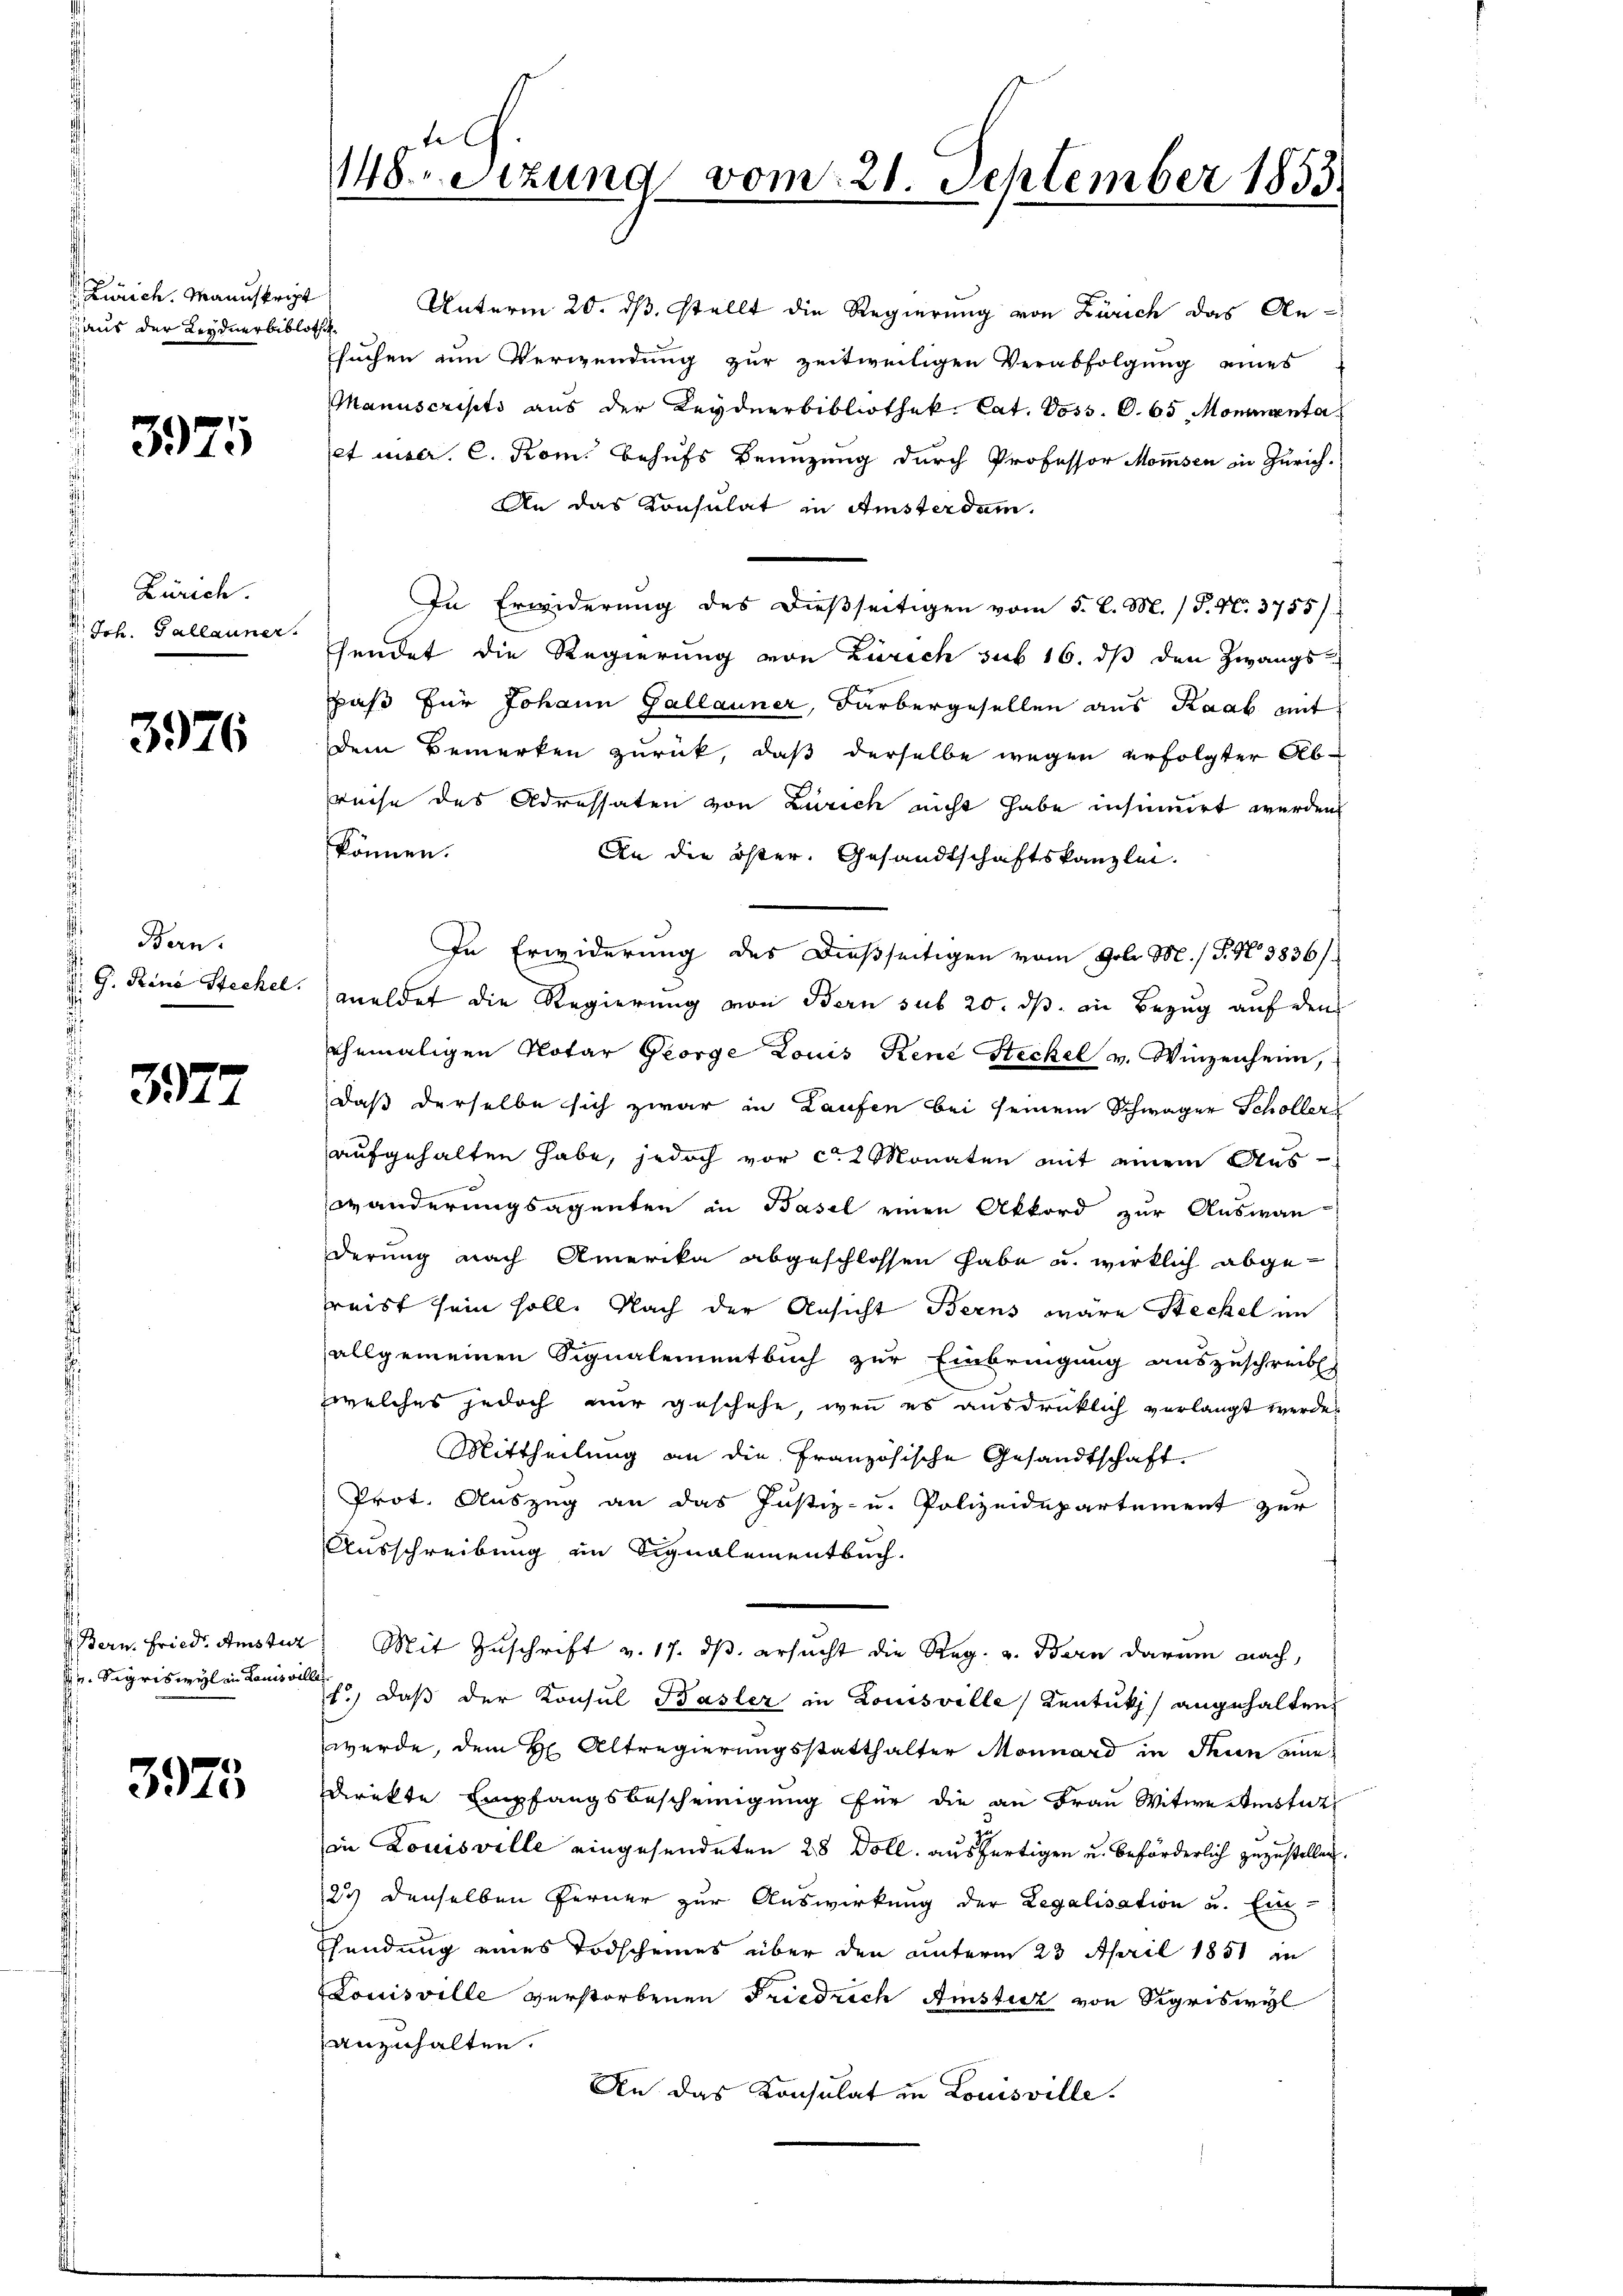
Zürich. Manuskript
aus der Leydnerbibloth

3975

Zürich.
: Joh. Gallauner

3976

Bern.
d. G. Reni Steckel.
d

3572

Bern. Friedr. Amstur
Pr. Sagriswyl ein Louisvi

3975

uch.
148. Sitzung vom 21. September 1853

Manuscripts aus der Keydnerbibliothek. Cat. Voss. S. 65 Monumenta
Et unser. C. Rom. Behufs Benuzung durch Professor Mommsen in Zürich.
An das Konsulat in Amsterdam.
In Erwiderung des dießseitigen vom 5. d. M. / P. Nr. 3755/
hendet die Regierung von Zürich sub 16. dβ den Zwangspaß für Johann Gallauner, Farbergesellen aus Raab mit
dem Bemerken zurück, daß derselbe wegen erfolgter Abreise des Adressaten von Zürich nicht habe insinuirt werden
können.
An die öster, Gesandtschaftskanzlei.
In Erwiderung des Dießseitigen vom Goli M. / P. No 3836/
meldet die Regierung von Bern sub 20. ds. in Bezug auf den
ehemaligen Notar George Louis Rene Steckel v. Winzenheim,
daß derselbe sich zwar in Laufen bei seinem Schwager Schöller
aufgehalten habe, jedoch vor ca 2 Monaten mit einem Aus-
wänderungsagenten in Basel einen Akkord zur Auswan-
derung nach Amerika abgeschlossen habe u. wirklich abgereist sein soll. Nach der Ansicht Berns wäre Steckel im
allgemeinen Signalementbuch zur Einbringung auszuschreib
welches jedoch nur geschehe, wenn es ausdrücklich verlangt werde.
Mittheilung an die französische Gesandtschaft.
Prot. Auszug an das Justiz- u. Polizeidepartement zur
Ausschreibung im Signalementbuch.
Mit Zuschrift v. 17. ds. ersucht die Reg. v. Bern darum nach,
t., daß der Konsul Basler in Louisville Kentukz) angehalten,
wurde, dem H Altregierungsstatthalter Monnard in Thun eine
direkte Empfangsbescheinigung für die an Frau Witwe Meistit
in Louisville eingesendeten 28 Doll, ausfertigen u. beförderlich zuzustellen.
23 denselben Ferner zur Auswirkung der Legalisation u. Ein-
Sendung eines Todscheines über den unterm 23. April 1851 in
Louisville verstorbenen Friedrich Amsturz von Sigriswyl
anzuhalten.
An das Konsulat in Louisville.

Unterm 20. ds. stellt die Regierung von Zürich das An-
suchen um Verwendung zur zeitweiligen Verabfolgung eines